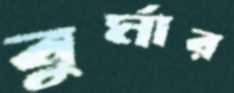
বুর্মার